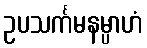
ဥပသင်္ကမနမ္ပာဟံ